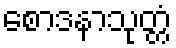
စောဒနာသုတ္တံ